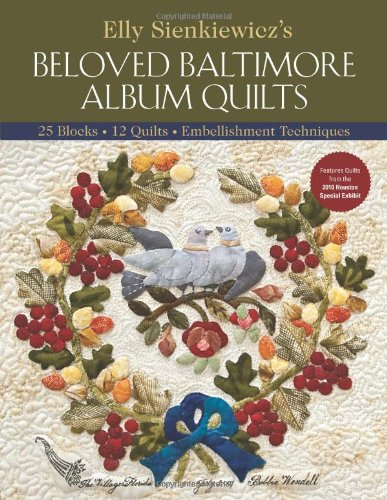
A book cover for Elly Sienkiewicz's Beloved Baltimore Album Quilts: 25 Blocks, 12 Quilts, Embellishment Techniques; Elly Sienkiewicz; Crafts, Hobbies & Home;